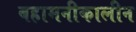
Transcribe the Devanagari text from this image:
बहामनीकालीन